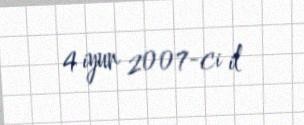
4 iyun 2007-ci il